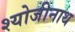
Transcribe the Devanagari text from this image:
श्योजीनाथ